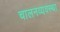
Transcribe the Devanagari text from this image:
चालनव्यवस्था